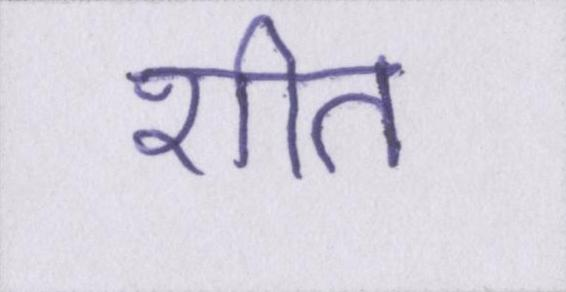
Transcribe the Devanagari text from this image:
शीत